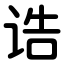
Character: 诰